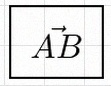
\vec{AB}